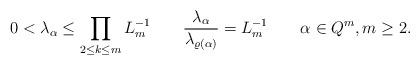
LaTeX: \begin{align*} 0<\lambda_\alpha\le \prod\limits_{2\le k\le m} L_m^{-1} \qquad \frac{\lambda_\alpha}{\lambda_{\varrho(\alpha)}} = L_m^{-1} \qquad \alpha\in Q^m, m\ge 2.\end{align*}